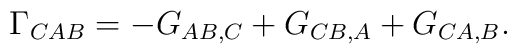
\Gamma_{CAB}=-G_{AB,C}+G_{CB,A}+G_{CA,B}.